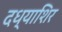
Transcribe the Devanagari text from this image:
दध्याशिर